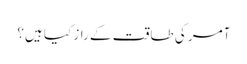
آمر کی طاقت کے راز کیا ہیں؟